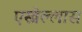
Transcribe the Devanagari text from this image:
एस्त्रेल्लास